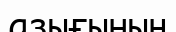
азығының